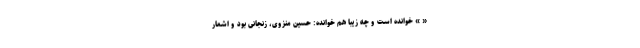
« » خوانده است و چه زیبا هم خوانده: حسین منزوی، زنجانی بود و اشعار